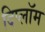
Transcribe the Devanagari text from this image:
दिप्लॉम